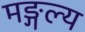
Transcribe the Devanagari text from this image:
मङ्गल्य